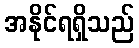
အနိုင်ရရှိသည်